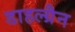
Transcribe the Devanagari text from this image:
डाहल्ग्रैन